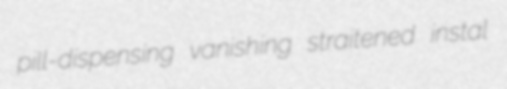
pill-dispensing vanishing straitened instal